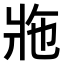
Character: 𤕴